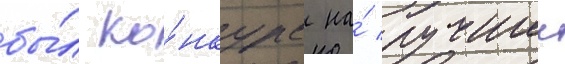
бы́л ко́нкурс на́ лучшии